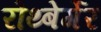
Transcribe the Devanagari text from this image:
रोथ्बेर्गेर